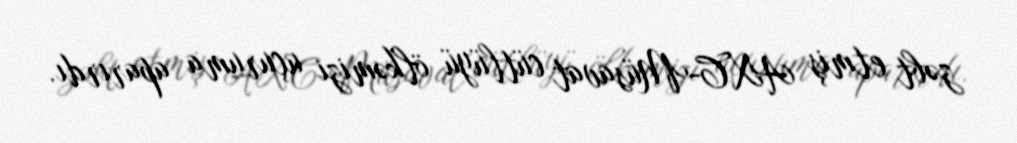
zəbt etmiş AXC-Müsavat cütlüyü ölkəmizi uçuruma aparırdı.